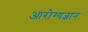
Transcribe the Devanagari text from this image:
आरोग्यज्ञान